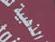
الدهبية